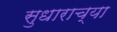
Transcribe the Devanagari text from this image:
सुधाराच्या